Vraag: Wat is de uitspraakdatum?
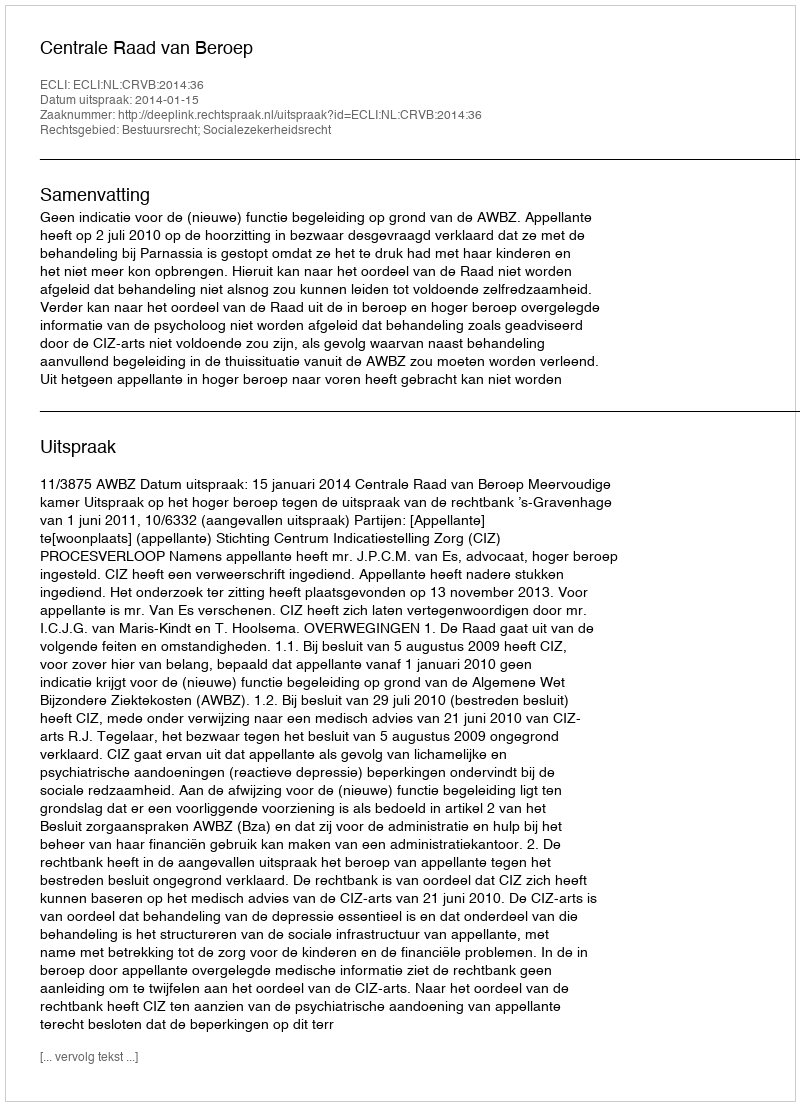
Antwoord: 2014-01-15